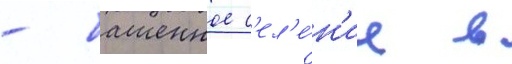
- башенное с'ел'е́н'ие в